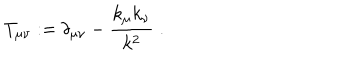
T _ { \mu \nu } : = \delta _ { \mu \nu } - \frac { k _ { \mu } k _ { \nu } } { k ^ { 2 } } \; .